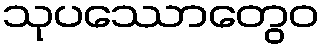
သုပဿောတွေဝ